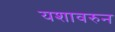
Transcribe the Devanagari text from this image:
यशावरुन